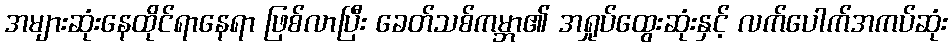
အများဆုံးနေထိုင်ရာနေရာ ဖြစ်လာပြီး ခေတ်သစ်ကမ္ဘာ၏ အရှုပ်ထွေးဆုံးနှင့် လက်ပေါက်အကပ်ဆုံး